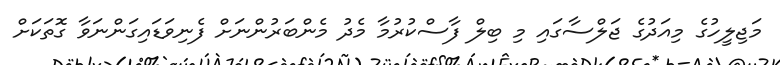
މަޖިލީހުގެ މިއަދުގެ ޖަލްސާގައި މި ބިލް ފާސްކުރުމާ މެދު މެންބަރުންނަށް ފެނިވަޑައިގަންނަވާ ގޮތަކަށް